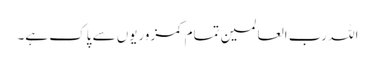
اللہ رب العالمین تمام کمزوریوں سے پاک ہے۔